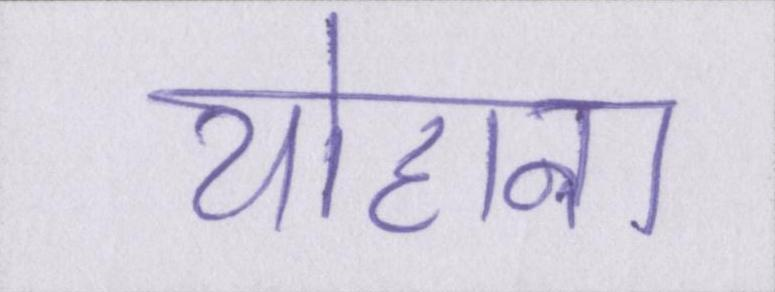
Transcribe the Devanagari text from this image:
योहाना